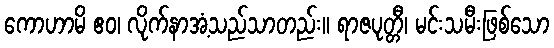
ကောဟာမိ ဧဝ၊ လိုက်နာအံ့သည်သာတည်း။ ရာဇပုတ္တီ၊ မင်းသမီးဖြစ်သော